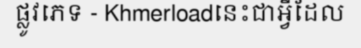
ផ្លូវភេទ - Khmerloadនេះជាអ្វីដែល